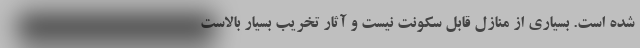
شده است. بسیاری از منازل قابل سکونت نیست و آثار تخریب بسیار بالاست